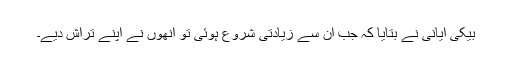
بیکی ایانی نے بتایا کہ جب ان سے زیادتی شروع ہوئی تو انھوں نے اپنے تراش دیے۔